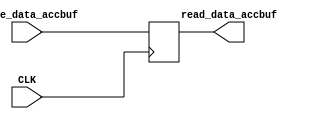
module accbuf (input [7:0] write_data_accbuf, output [7:0] read_data_accbuf, input CLK);   //CLK controls the buffer

	wire signed [7:0] write_data_accbuf;                                       
 	reg signed [7:0] read_data_accbuf; 
	
	
	reg signed [7:0] accbuf;      //ACCUMULATOR BUFFER declared here


	always @ (posedge CLK)       //read in values from $acc at positive edge
		
		if(CLK) begin
 			accbuf  [7:0] <= write_data_accbuf [7:0];
 			read_data_accbuf [7:0] <= write_data_accbuf [7:0];     //so write_data immidieatly goes to read_data
 			end
 		else begin
 			read_data_accbuf [7:0] <= accbuf  [7:0];        //if not writing to buffer, always read from it
 			end

endmodule